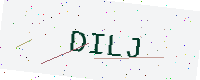
Text: DILJ